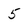
Character: 5